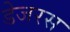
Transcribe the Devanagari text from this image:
डेजरस